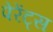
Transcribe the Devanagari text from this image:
पेरेंट्स